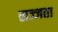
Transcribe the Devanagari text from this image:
सज्जता